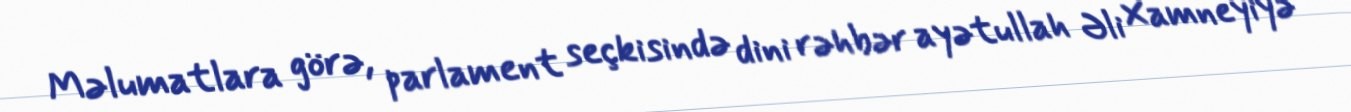
Məlumatlara görə, parlament seçkisində dini rəhbər ayətullah Əli Xamneyiyə